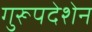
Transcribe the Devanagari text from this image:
गुरूपदेशेन